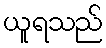
ယူရသည်